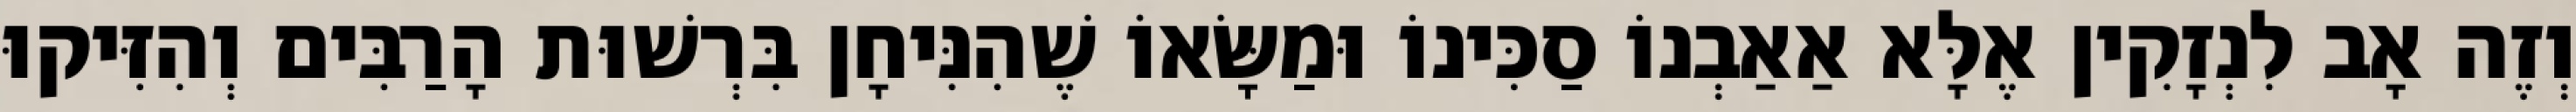
וְזֶה אָב לִנְזָקִין אֶלָּא אַאַבְנוֹ סַכִּינוֹ וּמַשָּׂאוֹ שֶׁהִנִּיחָן בִּרְשׁוּת הָרַבִּים וְהִזִּיקוּ